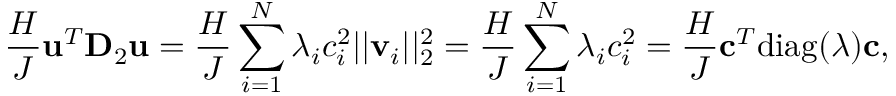
\frac { H } { J } \mathbf { u } ^ { T } \mathbf { D } _ { 2 } \mathbf { u } = \frac { H } { J } \sum _ { i = 1 } ^ { N } \lambda _ { i } c _ { i } ^ { 2 } | | \mathbf { v } _ { i } | | _ { 2 } ^ { 2 } = \frac { H } { J } \sum _ { i = 1 } ^ { N } \lambda _ { i } c _ { i } ^ { 2 } = \frac { H } { J } \mathbf { c } ^ { T } \mathrm { d i a g } ( \boldsymbol { \lambda } ) \mathbf { c } ,